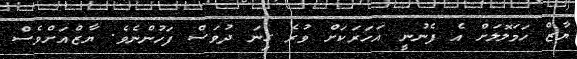
ޔާޒް ހަމަލޮލަށް އެ ފެނުނީ އަހަރަކަށް ވުރެ ގިނަ ދުވަސް ފަހުންނެވެ. ޔާޒްއަށްވެސް